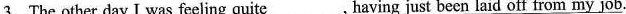
3.The other day I was feeling quite___, \underline{having just been laid off from my job}.